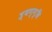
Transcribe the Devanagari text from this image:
त्र्यग्ग्वि